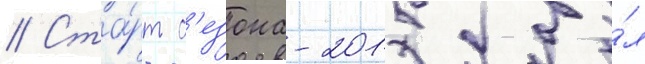
// Ста́рт с'езона-2015 бы́л